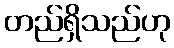
တည်ရှိသည်ဟု